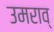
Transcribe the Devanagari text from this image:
उमराव्